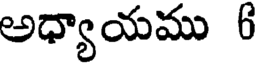
అధ్యాయము 6